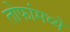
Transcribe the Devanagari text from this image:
तोफांमध्ये